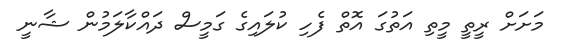
މަށަށް ރީތީ މީތި އަތުގަ އޮތް ފެހި ކުލައިގެ ގަމީސް ދައްކާލަމުން ޝާނީ